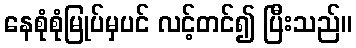
နေစုံစုံမြုပ်မှပင် လင့်တင်၍ ပြီးသည်။